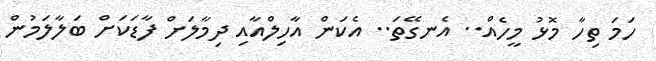
ހަމަ ތިހާ މޮޅު މީހެއް.. އެނގޭތަ.. އެކަން އާހިލްއާއި ދިމާލަށް ފާޑަކަށް ބަލާލަމުން